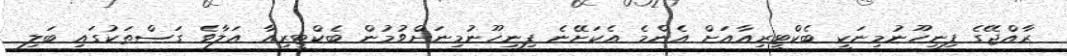
ރާއްޖޭގެ ފިނިހޫނުމިނަކީ ބެކްޓީރިއާއަށް އެންމެ އެކަށޭނެ ފިނިހޫނުމިނަށްވުމުން ބެކްޓީރިއާ އަލާވެ ގަސްތަކުގައި ބަލި